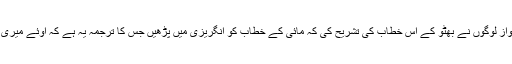
کچھ بھارت نواز لوگوں نے بھٹو کے اس خطاب کی تشریح کی کہ مائی کے خطاب کو انگریزی میں پڑھیں جس کا ترجمہ یہ ہے کہ اوئے میری اندرا گاندھی۔